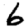
Digit: 6